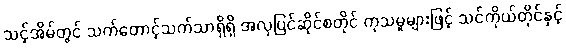
သင့်အိမ်တွင် သက်တောင့်သက်သာရှိရှိ အလှပြင်ဆိုင်စတိုင် ကုသမှုများဖြင့် သင်ကိုယ်တိုင်နှင့်